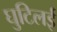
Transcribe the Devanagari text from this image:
घुटिलई